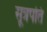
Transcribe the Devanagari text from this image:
सूत्रपति